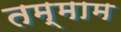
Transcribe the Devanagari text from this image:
तम्माम